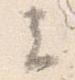
云